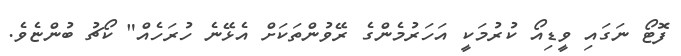
ފޮޓޯ ނަގައި ވީޑިއޯ ކުރުމަކީ އަހަރުމެންގެ ރޭވުންތަކަށް އެޅޭނެ ހުރަހެއް" ކޯޗު ބުންޏެވެ.